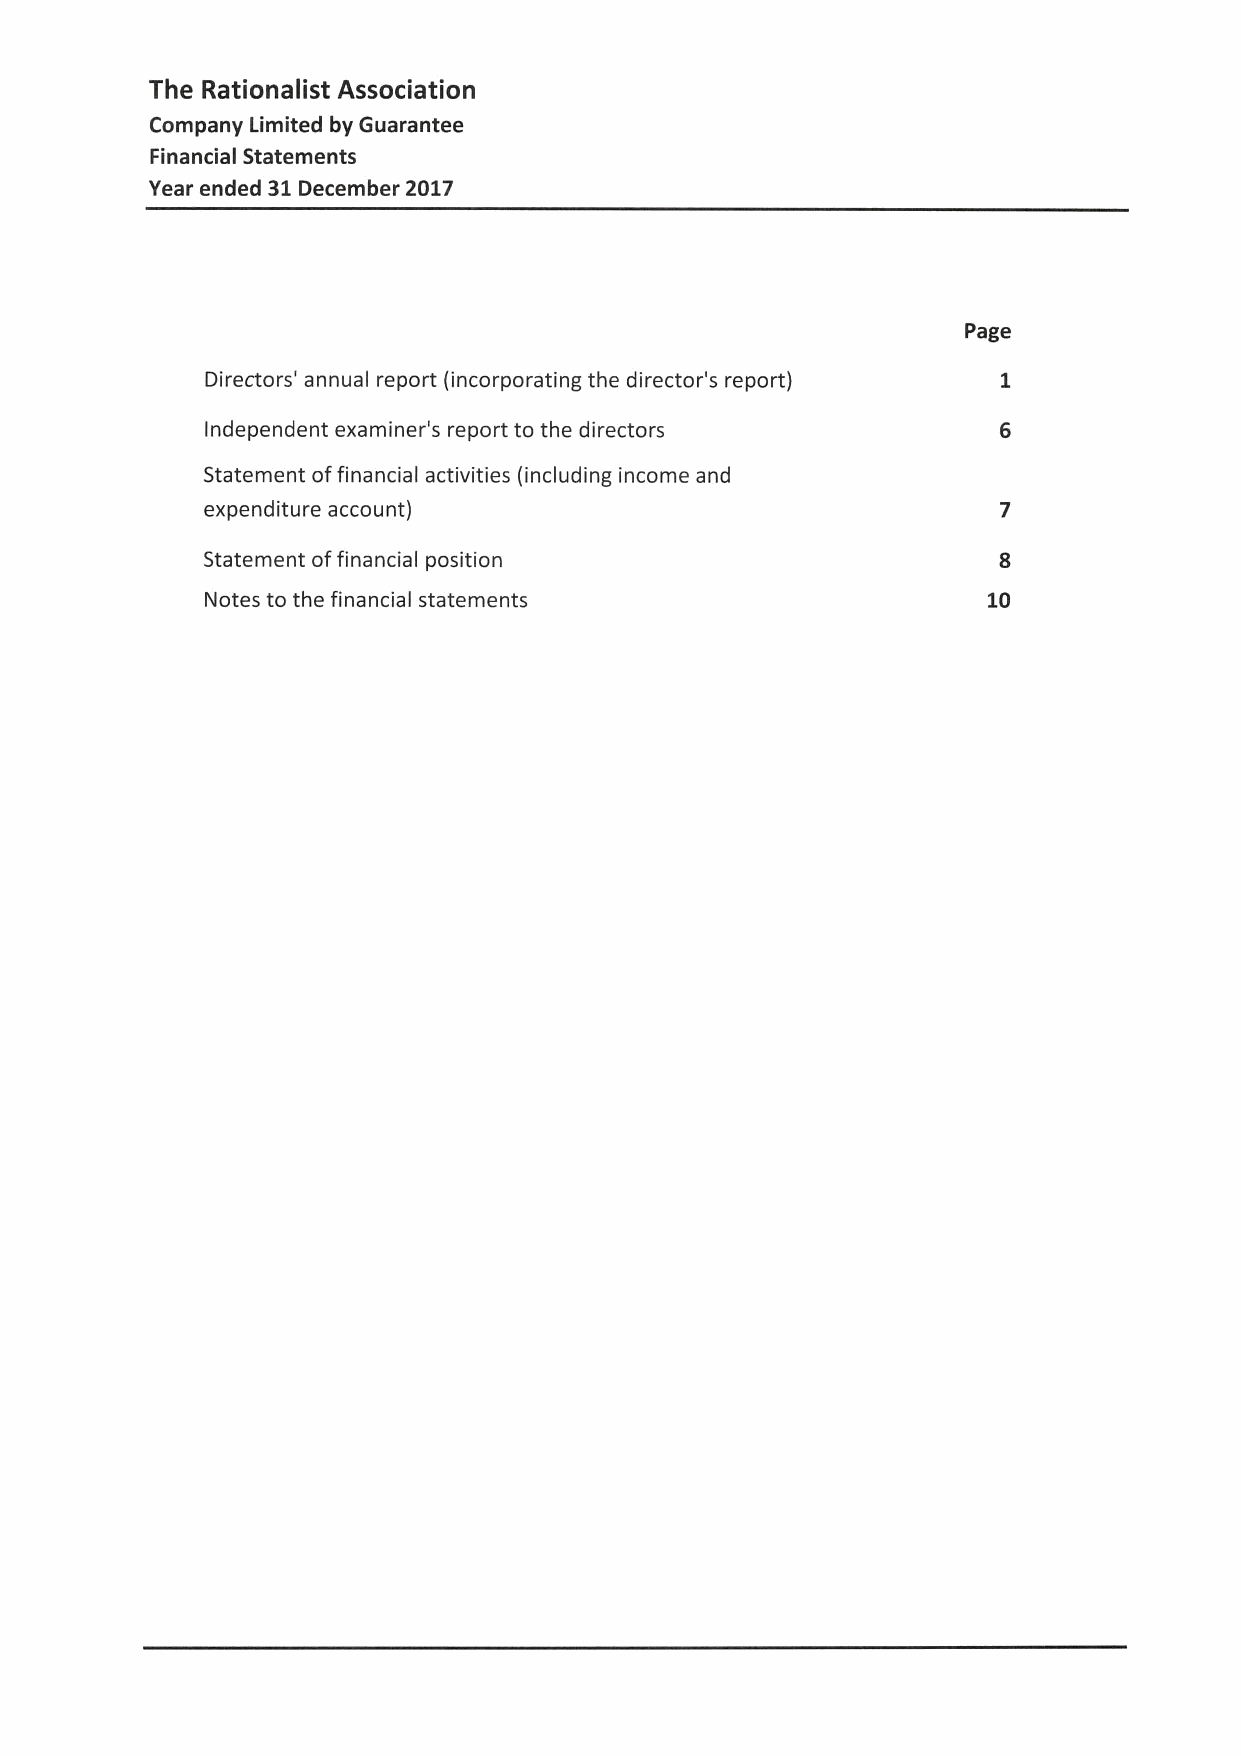
The Rationalist Association
 Company Limited byGuarantee
 Financial Statements
 Year ended 31 December2017
 Page
 Directors' annual report (incorporating the director's report) 1
 Independent examiner's report to the directors      6
 Statement offinancial activities (including income and
 expenditure account)                                 7
 Statement offinancial position                       8
 Notes to the financial statements                  10